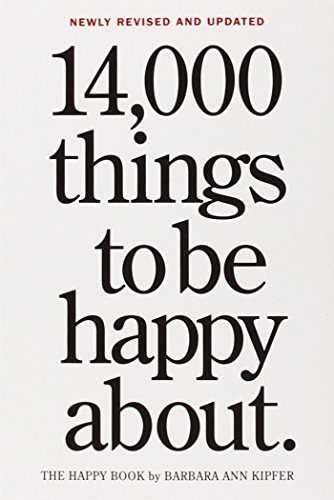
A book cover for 14,000 Things to Be Happy About.: Newly Revised and Updated; Barbara Ann Kipfer; Health, Fitness & Dieting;